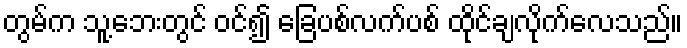
တွမ်က သူ့ဘေးတွင် ဝင်၍ ခြေပစ်လက်ပစ် ထိုင်ချလိုက်လေသည်။